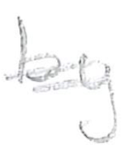
Text: by
Cross-out: double-line
Writing tool: pencil